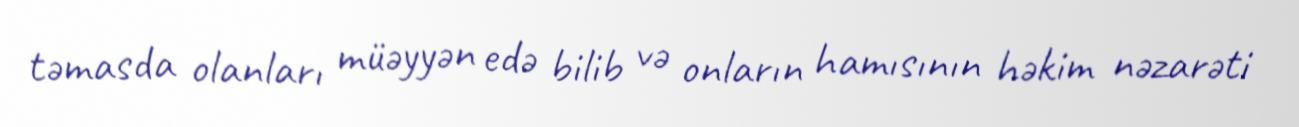
təmasda olanları müəyyən edə bilib və onların hamısının həkim nəzarəti